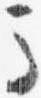
馬